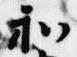
和